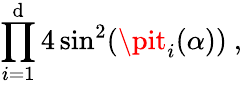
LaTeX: \prod_{i=1}^{\mathrm{d}}4\sin^{2}(\pit_{i}(\alpha))~,